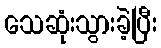
သေဆုံးသွားခဲ့ပြီး